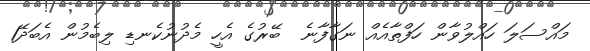
މައްސަލަ ހައްލުވާން ހަފްތާއެއް ނަގާފާނެ  ބޭރުގެ އެހީ މެދުނުކެނޑި ލިބެމުން އެބަދޭ1